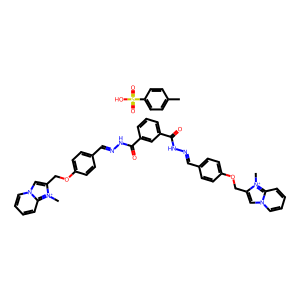
SMILES: C[n+]1c(COc2ccc(C=NNC(=O)c3cccc(C(=O)NN=Cc4ccc(OCc5cn6ccccc6[n+]5C)cc4)c3)cc2)cn2ccccc21.Cc1ccc(S(=O)(=O)O)cc1
Inhibits HIV replication: No